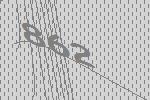
862